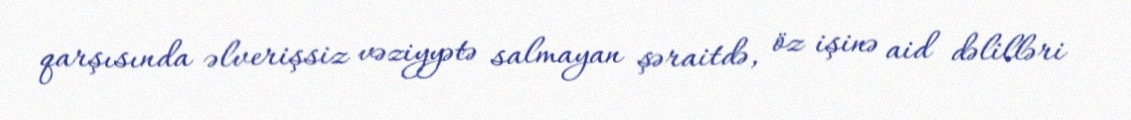
qarşısında əlverişsiz vəziyyətə salmayan şəraitdə, öz işinə aid dəlilləri